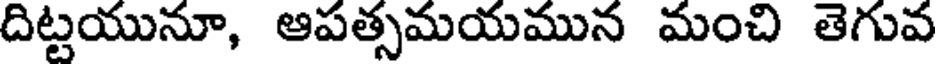
దిట్టయునూ, ఆపత్సమయమున మంచి తెగువ